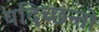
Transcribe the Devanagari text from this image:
यदिच्छन्तो